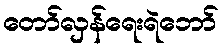
တော်လှန်ရေးရဲဘော်